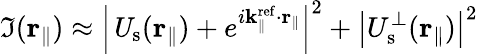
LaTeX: \mathfrak{I}({\mathbf{r}}_{\parallel})\approx\left|\mathit{U}_{\mathrm{{s}}}({\mathbf{r}}_{\parallel})+e^{i{\mathbf{k}}_{\parallel}^{\mathrm{{ref}}}\cdot{\mathbf{r}}_{\parallel}}\right|^{2}+\left|U_{\mathrm{{s}}}^{\perp}({\mathbf{r}}_{\parallel})\right|^{2}